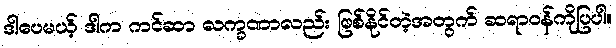
ဒါပေမယ့် ဒါက ကင်ဆာ လက္ခဏာလည်း ဖြစ်နိုင်တဲ့အတွက် ဆရာဝန်ကိုပြပါ။